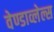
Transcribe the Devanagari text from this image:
वेण्डाव्लेल्स